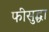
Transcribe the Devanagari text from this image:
फीसुद्धा